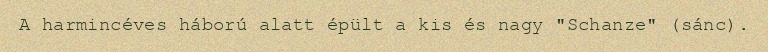
A harmincéves háború alatt épült a kis és nagy "Schanze" (sánc).